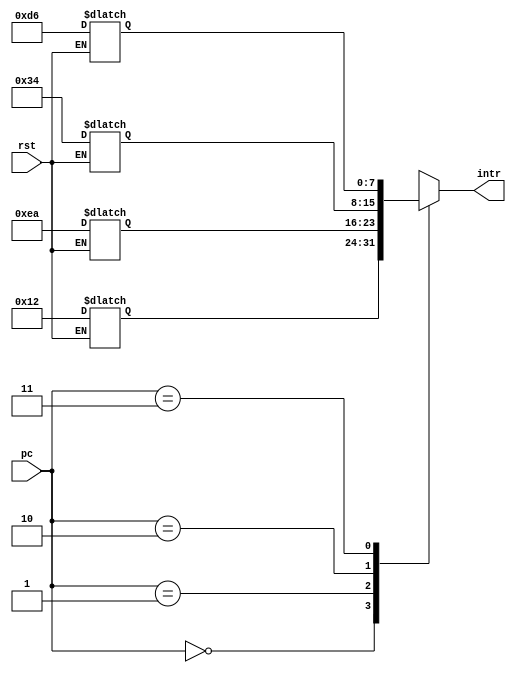
`timescale 1ns / 1ps
module instr_mem(
  input [1:0]pc,
  input rst,
  output [7:0] intr );
  reg [7:0] imemory [3:0];
  assign intr =imemory[pc];
  always@(rst)
  begin
  if(rst==0)
  begin 
  imemory[0]=8'h12;
  imemory[1]=8'hEA;
  imemory[2]=8'h34;
  imemory[3]=8'hD6;
  end 
  end 
endmodule